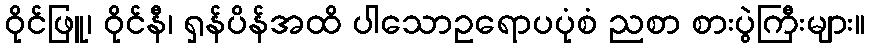
ဝိုင်ဖြူ၊ ဝိုင်နီ၊ ရှန်ပိန်အထိ ပါသောဥရောပပုံစံ ညစာ စားပွဲကြီးများ။